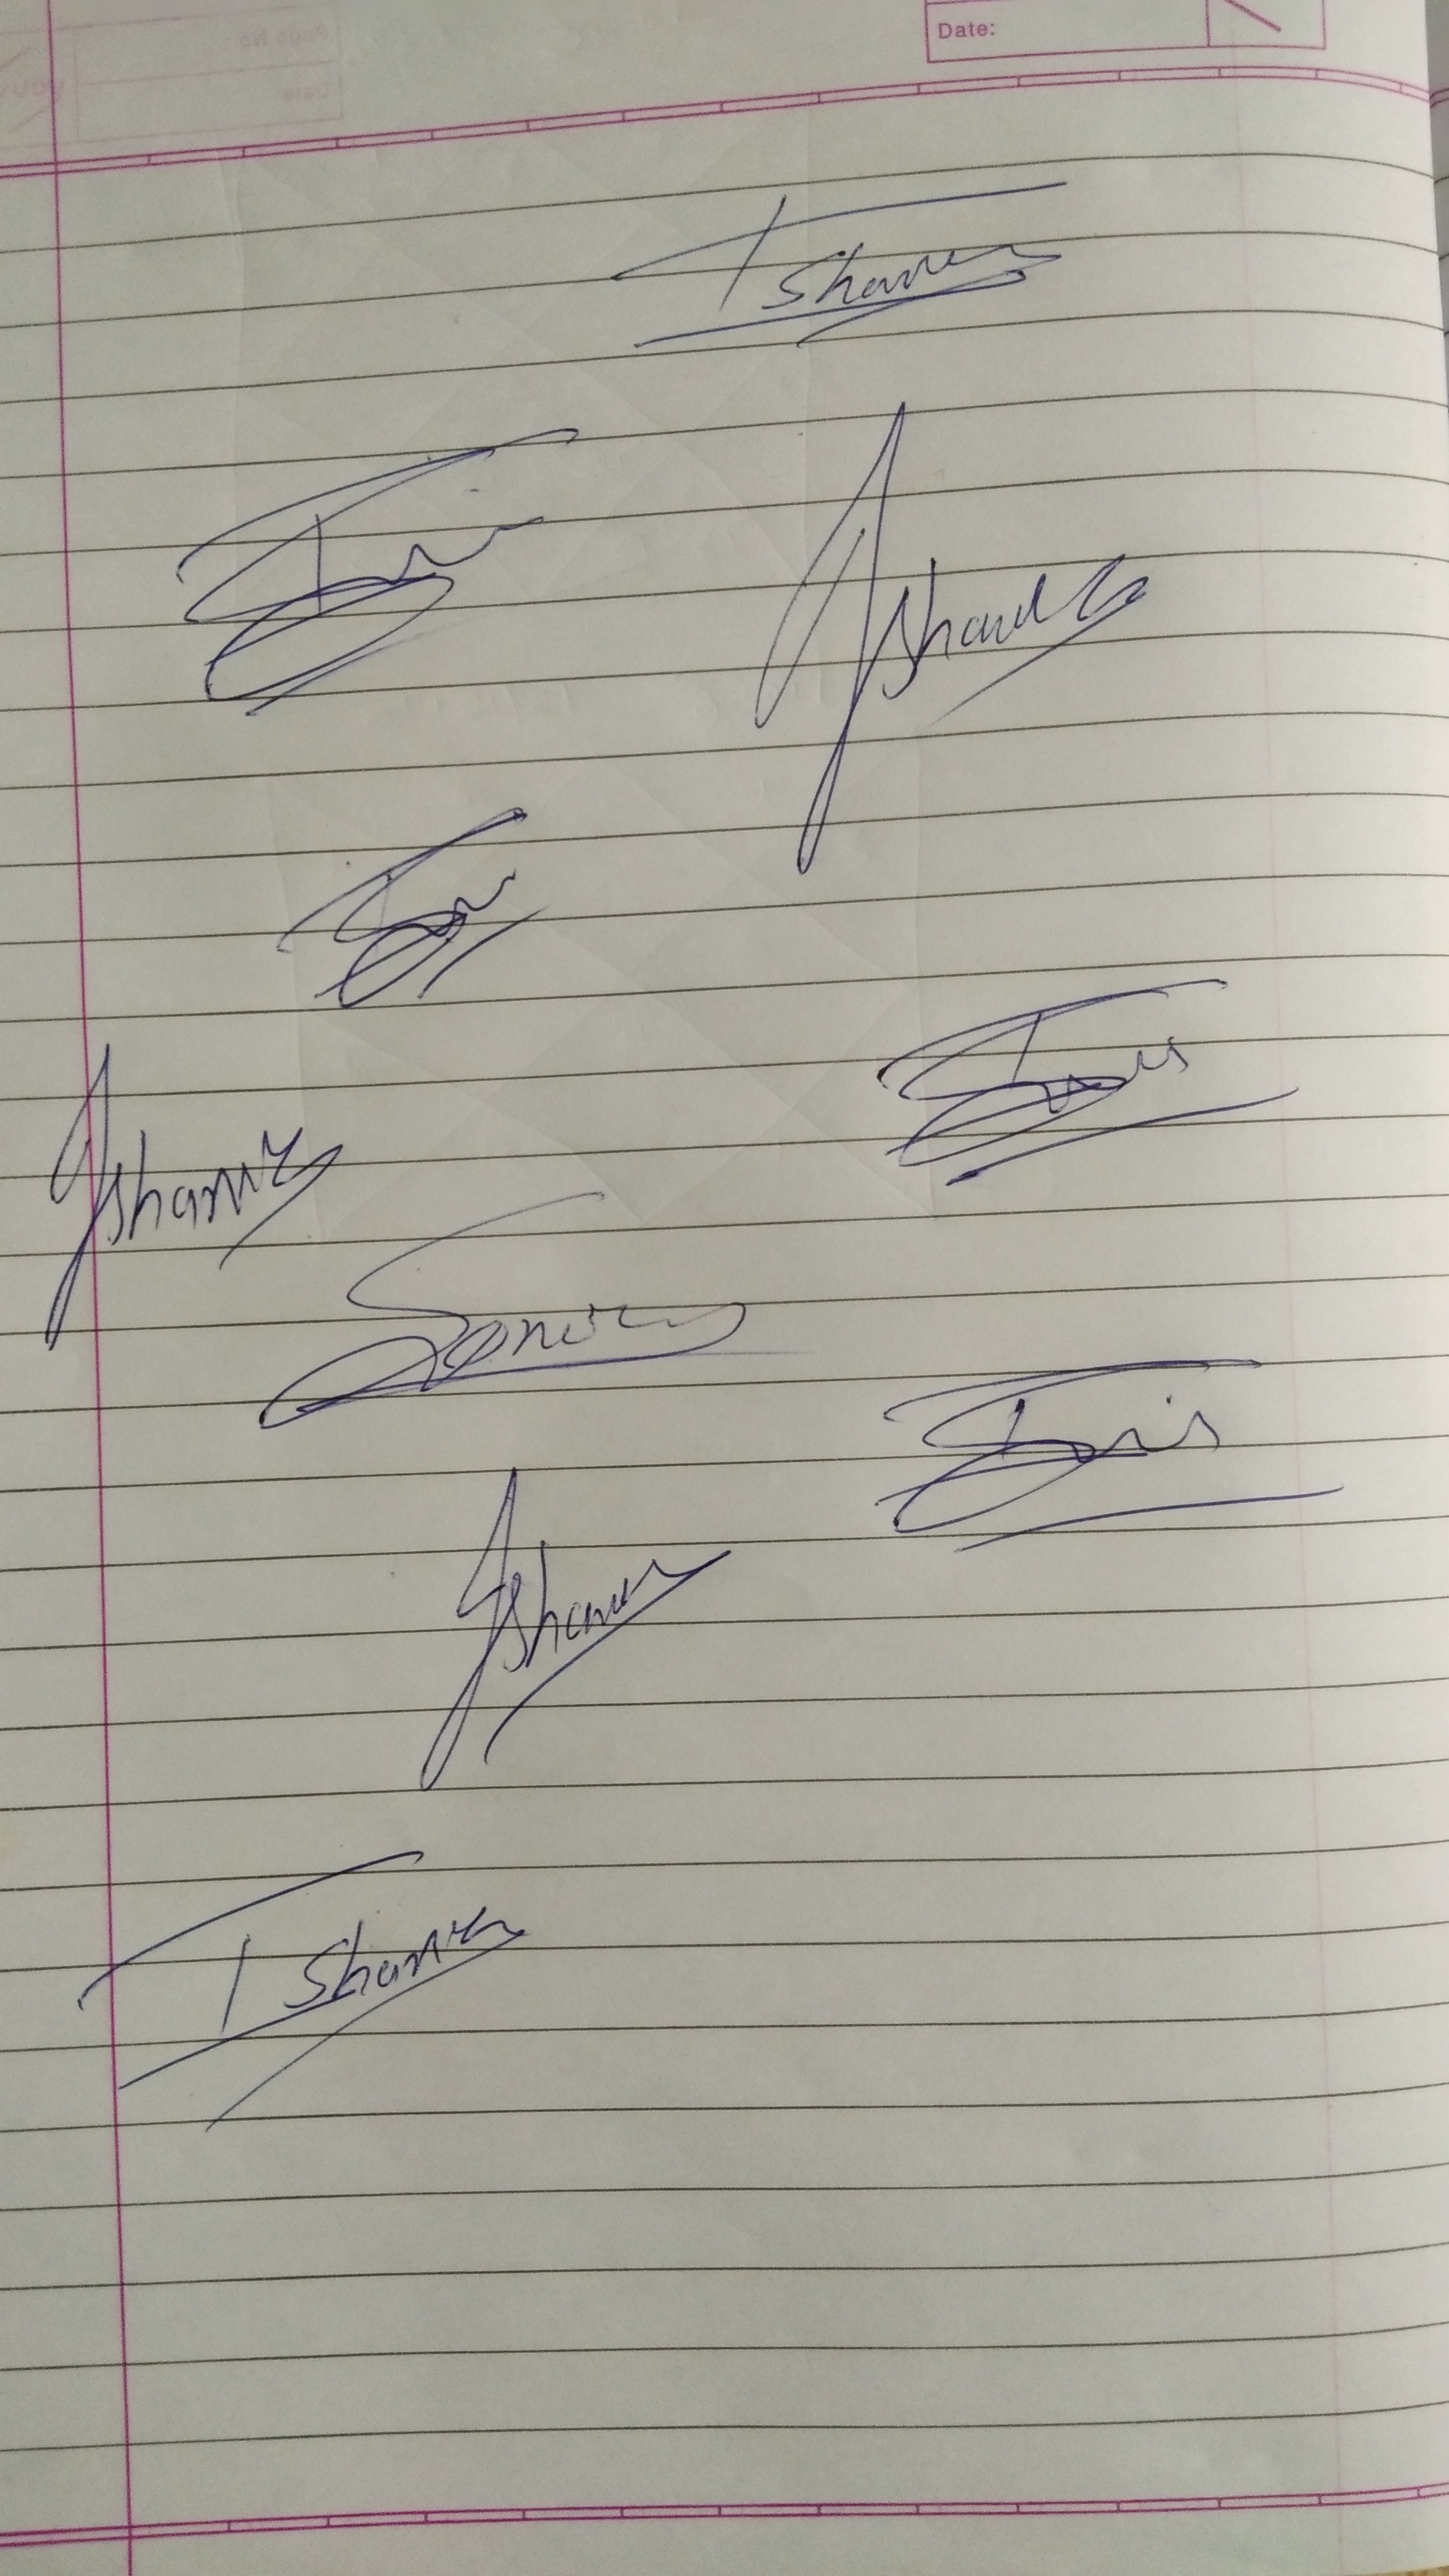
Signature authenticity: genuine